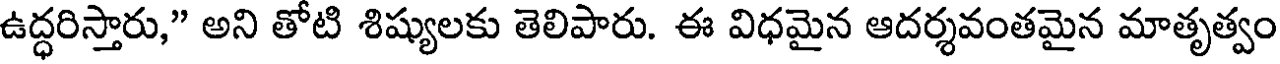
ఉద్ధరిస్తారు," అని తోటి శిష్యులకు తెలిపారు. ఈ విధమైన ఆదర్శవంతమైన మాతృత్వం